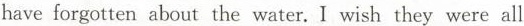
have forgotten about the water. I wish they were all